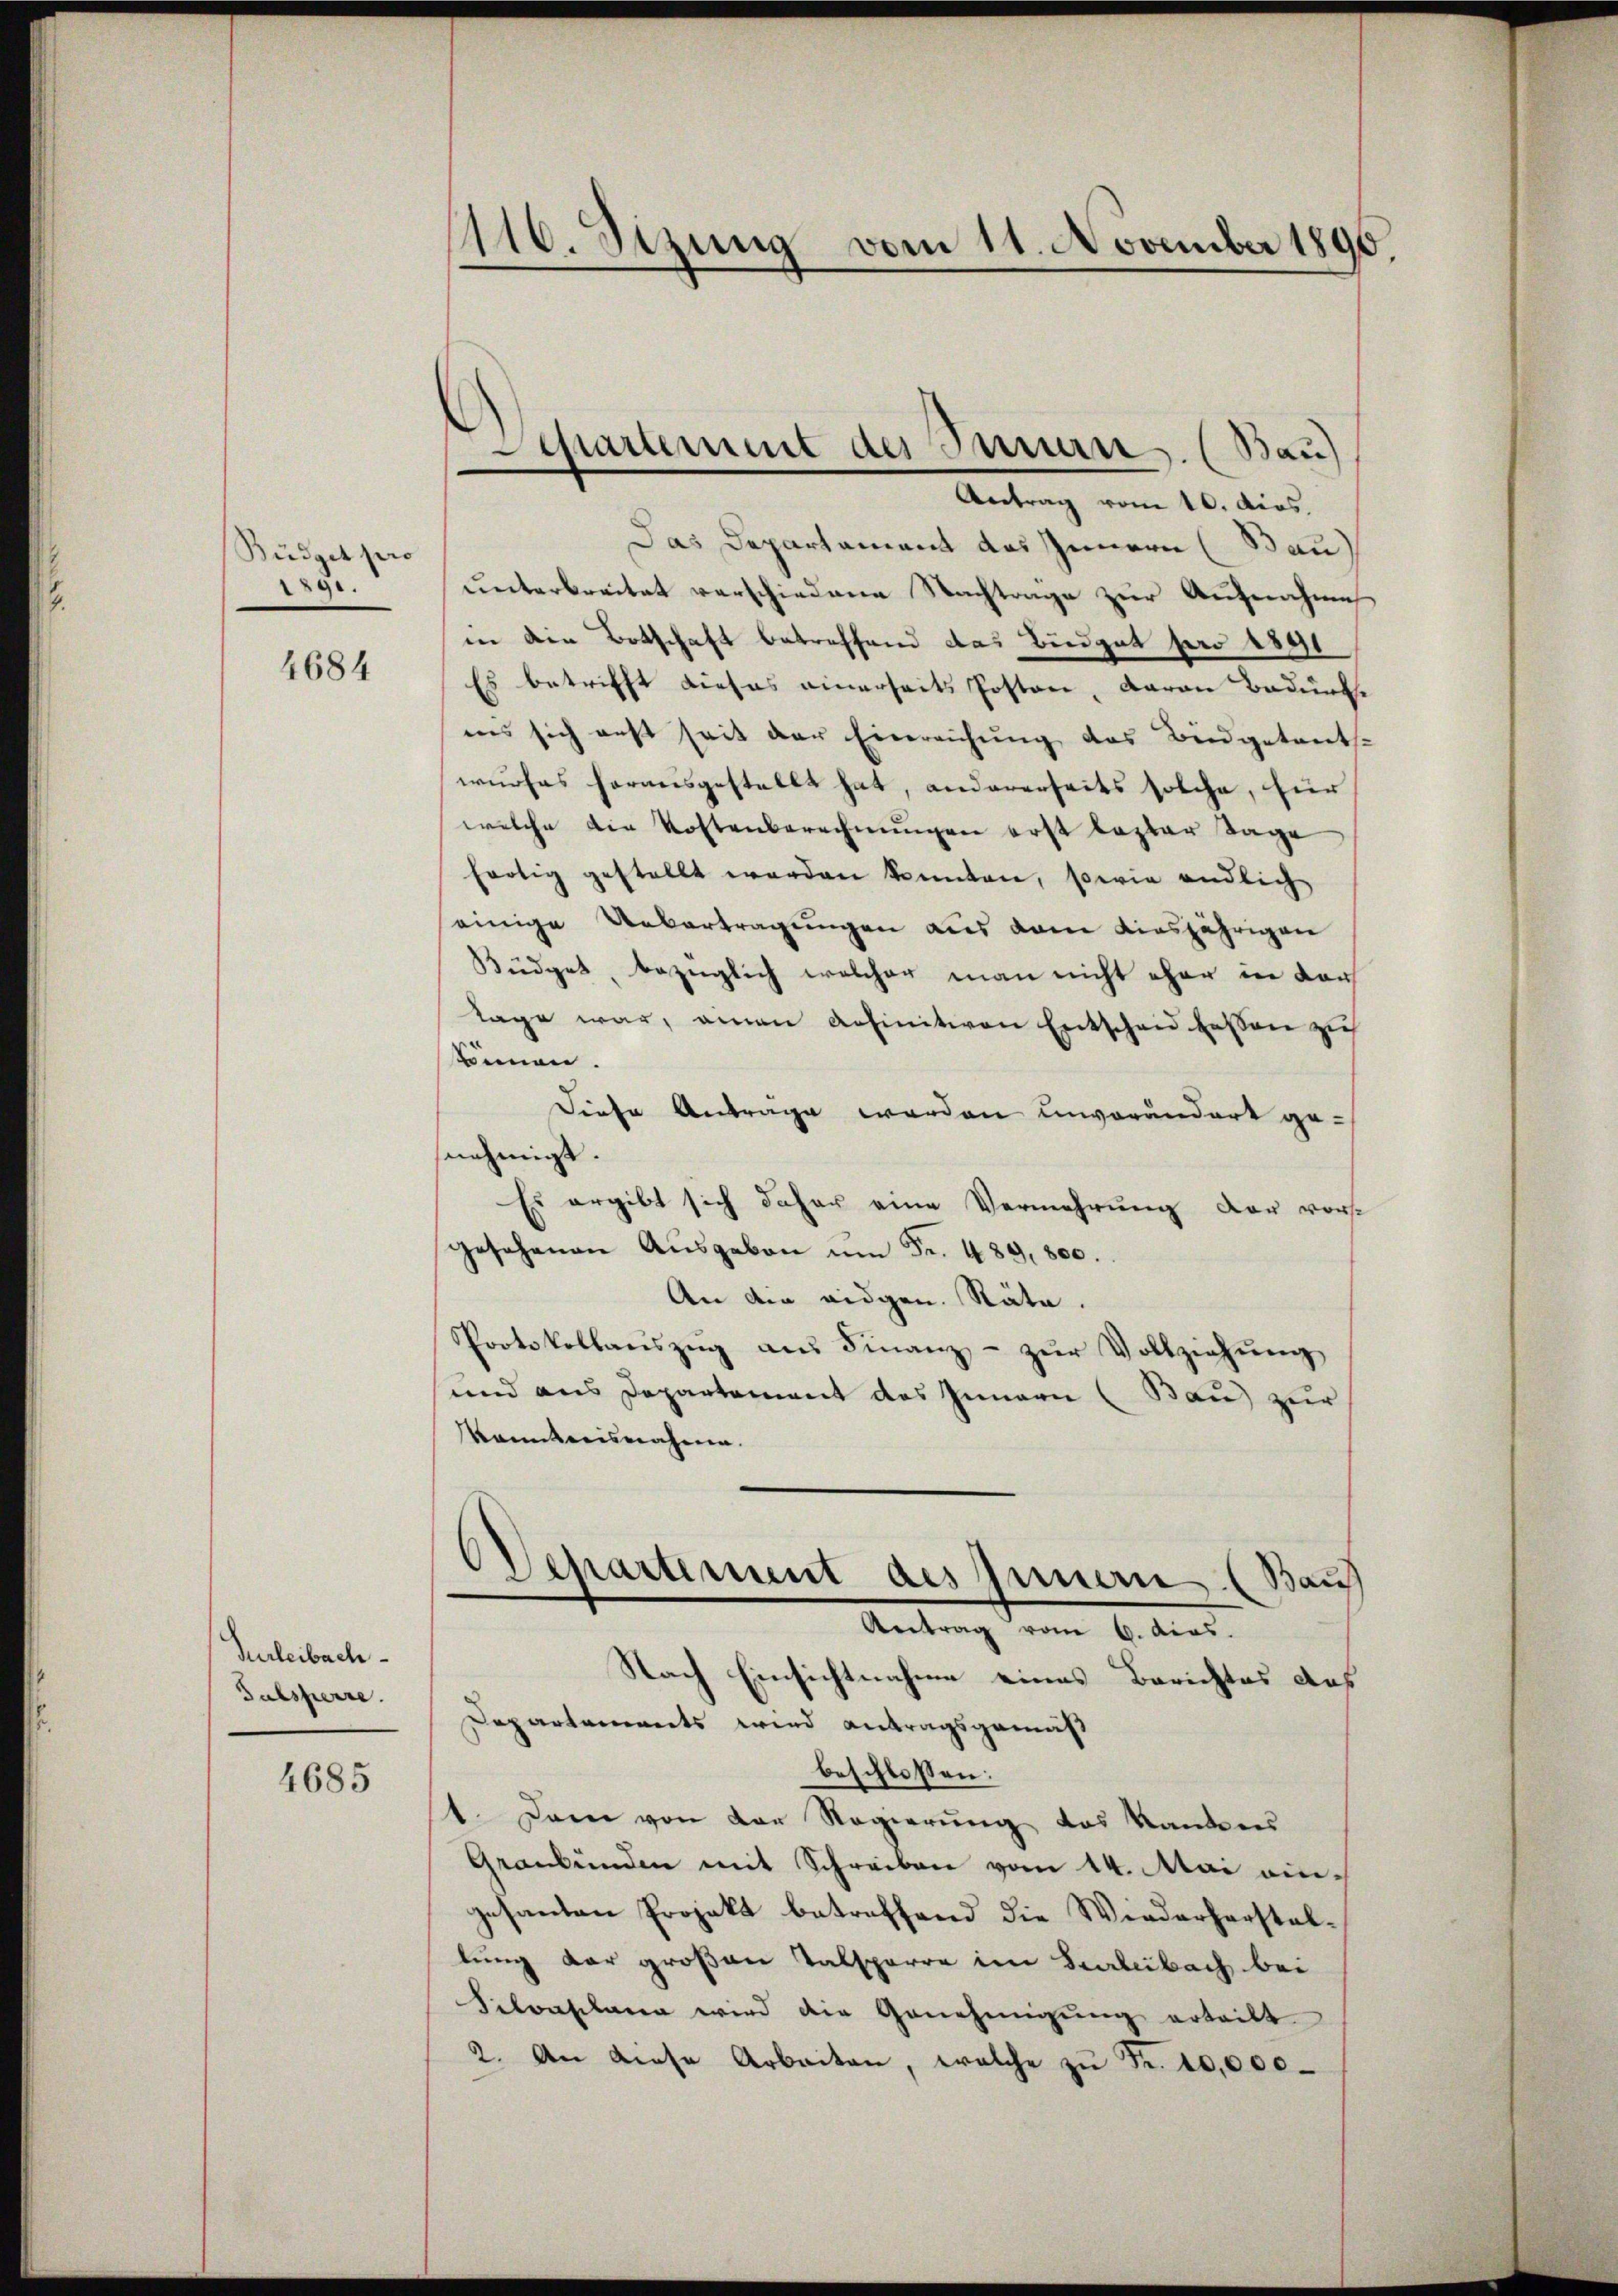
Büdget pro
891.
e

4684

Turleibach
Talsperre.

4685

116. Stzung vom 11. November 1896.
—

chäument des Innern. (Bau)
Antrag vom 10. dios.

Das Departament des Innern (Bau
unterbreitet verschiedene Nachtrage zur Aufnahme
in die Botschaft betreffend das Büdget pro 1891
Es betrifft dieses einerseits Posten, daran Bedürfins sich erst seit der Einreichung des Budgetreits-
wurfes herausgestellt hat, andererseits solche, für
welche die Kostenberechnŭngen erst lezter Tage
fertig gestellt werden könnten, sowie endlich
einige Uebertragungen aus dem diesjährigen
Büdget, bezüglich welcher man nicht eher in dar
Tage war, aman anfinitiven Entscheid bessen zu
dinnen.
Diese Antrage werden unverändert ge-
nehmigt.
Es ergibt sich daher eine Vermehrung der vorst
gesehenen Ausgaben um Fr. 489, 800.
An den eidgen. Räte.
Protokollaŭszŭg aŭs Finanz- zŭr Vollziehŭng
und aus Departement des Innern (Bau) zur
kanntnisnahme.
Departement des Inner. (Bauf
Antrag vom 6. dias.
Nach Einsichtnahme eines Berichtes das
Departements wird antragsgemäß
beschlossen:
1. Dann von der Regierung das Kantons
Graubünden mit Schreiben vom 14. Mai eigesanten Projekt betreffend die Wiederherstellung der großen Talsparre im Bearbeibach bei
Silvaplana wird die Genehmigung erteilt
2. An diese Arbeiten, welche zŭ Fr. 10,000